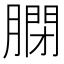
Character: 𦟼